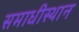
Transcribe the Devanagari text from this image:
समाधीस्थान